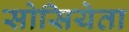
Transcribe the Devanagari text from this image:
सोसियेता